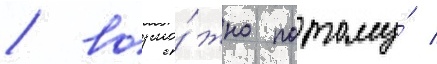
/ возмо́жно потому́ /